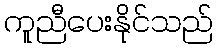
ကူညီပေးနိုင်သည်